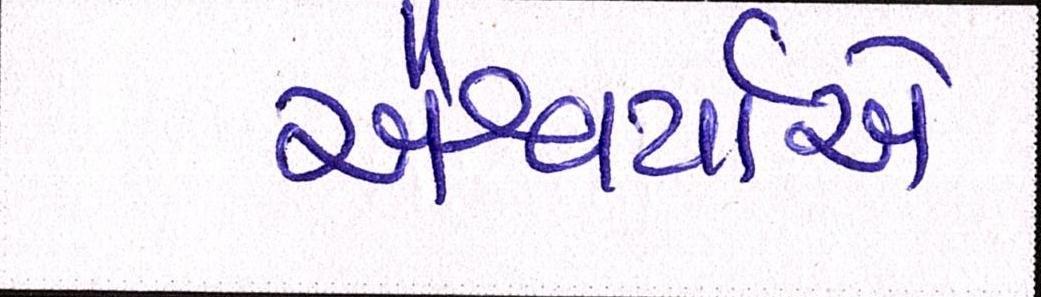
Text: ઐશ્વર્યાએ